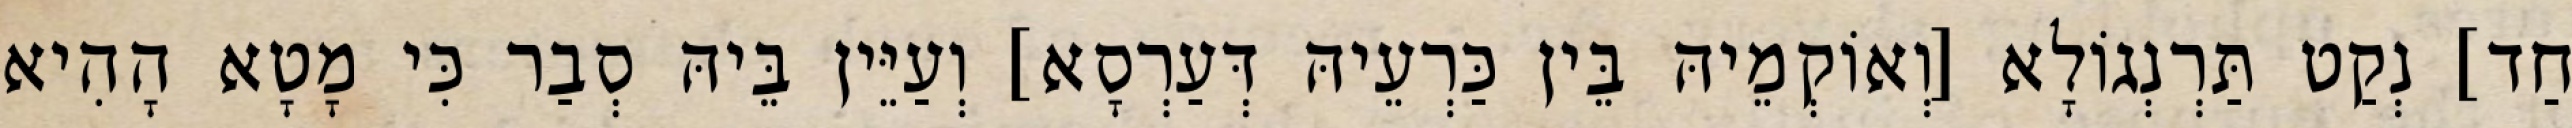
חַד] נְקַט תַּרְנְגוֹלָא [וְאוֹקְמֵיהּ בֵּין כַּרְעֵיהּ דְּעַרְסָא] וְעַיֵּין בֵּיהּ סְבַר כִּי מָטָא הָהִיא